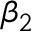
\beta _ { 2 }